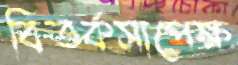
বিতর্কসাপেক্ষ